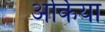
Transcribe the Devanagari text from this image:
अर्किया